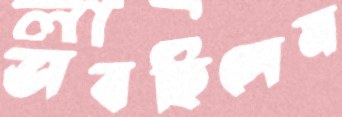
ভাবছিলেম